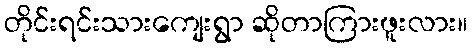
တိုင်းရင်းသားကျေးရွာ ဆိုတာကြားဖူးလား။